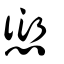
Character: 愆